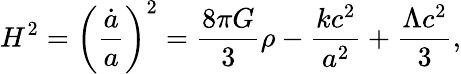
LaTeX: H^{2}=\left({\frac{\dot{a}}{a}}\right)^{2}={\frac{8\pi G}{3}}\rho-{\frac{kc^{2}}{a^{2}}}+{\frac{\Lambda c^{2}}{3}},